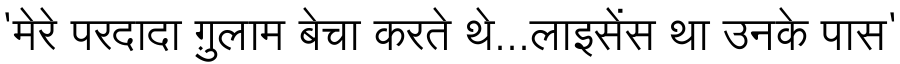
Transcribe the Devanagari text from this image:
'मेरे परदादा ग़ुलाम बेचा करते थे...लाइसेंस था उनके पास'